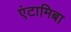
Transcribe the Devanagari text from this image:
एंटामिबा